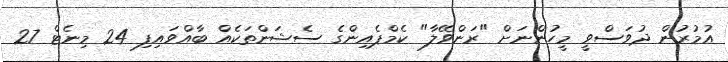
އުމުރުން ދުވަސްވީ މީހުންނަށް "ރަންވޭލާ" ކެމްޕެއިންގެ ސެޝަންތަކެއް ބާއްވައިފި 24 މިނެޓް 27